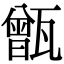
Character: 甑